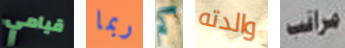
قيامي ربما كم والدته مراقب